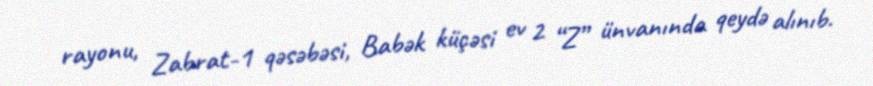
rayonu, Zabrat-1 qəsəbəsi, Babək küçəsi ev 2 “Z” ünvanında qeydə alınıb.